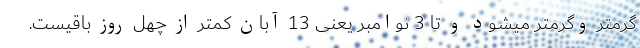
گرمتر وگرمتر میشود و تا 3 نوامبر یعنی 13 آبان کمتر از چهل روز باقیست.